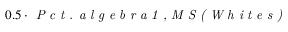
0 . 5 \cdot \textit { P c t . a l g e b r a 1 , M S ( W h i t e s ) }